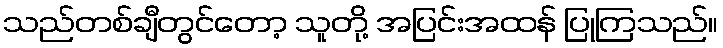
သည်တစ်ချီတွင်တော့ သူတို့ အပြင်းအထန် ပြုကြသည်။